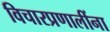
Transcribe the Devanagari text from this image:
विचारप्रणालींना